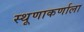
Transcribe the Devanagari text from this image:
स्थूणाकर्णाला